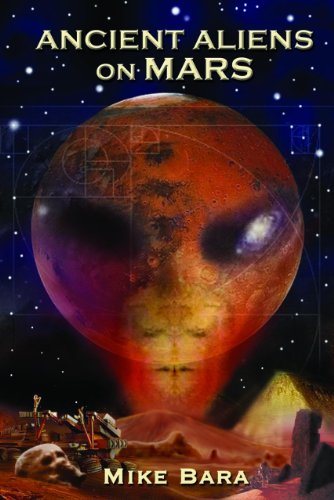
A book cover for Ancient Aliens on Mars; Mike Bara; Science & Math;